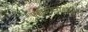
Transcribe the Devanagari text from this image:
प्रणमाम्यहम्॥५॥